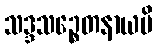
သဒ္ဒသဉ္စေတနာယပိ